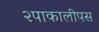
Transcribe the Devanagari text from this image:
२पाकालीपस